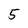
Character: 5